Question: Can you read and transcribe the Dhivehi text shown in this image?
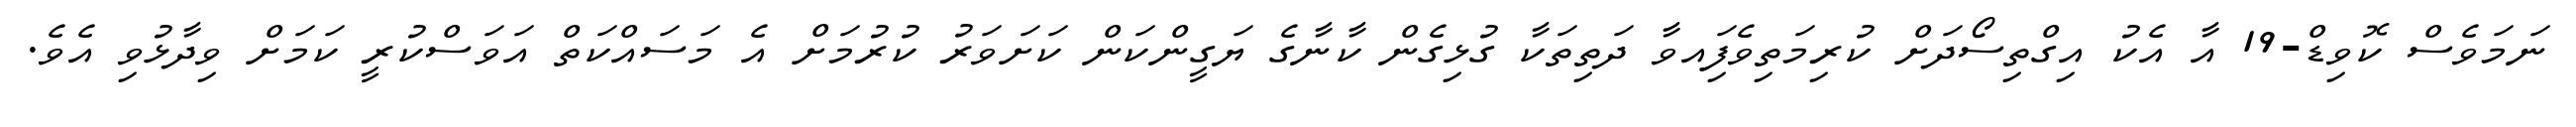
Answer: ނަމަވެސް ކޮވިޑް-19 އާ އެކު އިގްތިސޯދަށް ކުރިމަތިވެފަިއވާ ދަތިތަކާ ގުޅިގެން ކާނާގެ ޔަގީންކަން ކަށަވަރު ކުރުމަށް އެ މަސައްކަތް އަވަސްކުރީ ކަމަށް ވިދާޅުވި އެވެ.